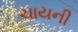
ચાયની